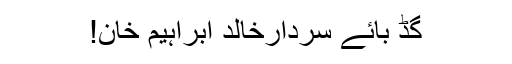
گُڈ بائے سردارخالد ابراہیم خان!